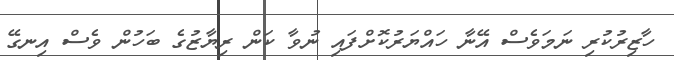
ހާޒިރުކުރި ނަަަމަވެސް އޭނާ ހައްޔަރުކޮށްފައި ނުވާ ކަން ރިޔާޒުގެ ބަހުން ވެސް އިނގޭ